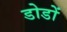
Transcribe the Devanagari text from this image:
डोडों